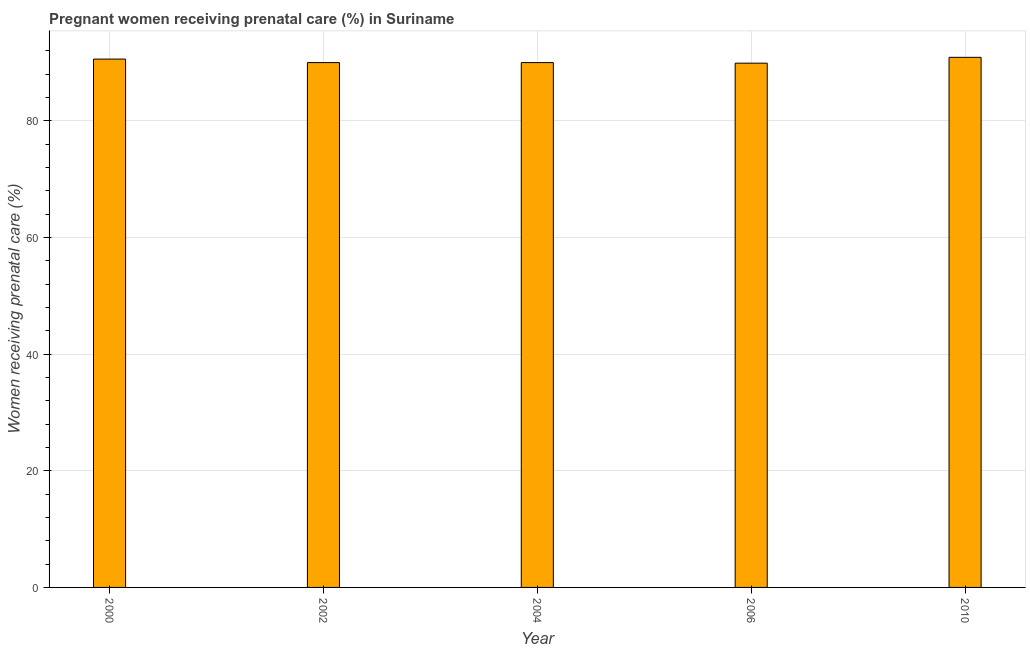
| Year | Pregnant women receiving prenatal care |
 | --- | --- |
 | 2000 | 90.6 |
 | 2002 | 90 |
 | 2004 | 90 |
 | 2006 | 89.9 |
 | 2010 | 90.9 |